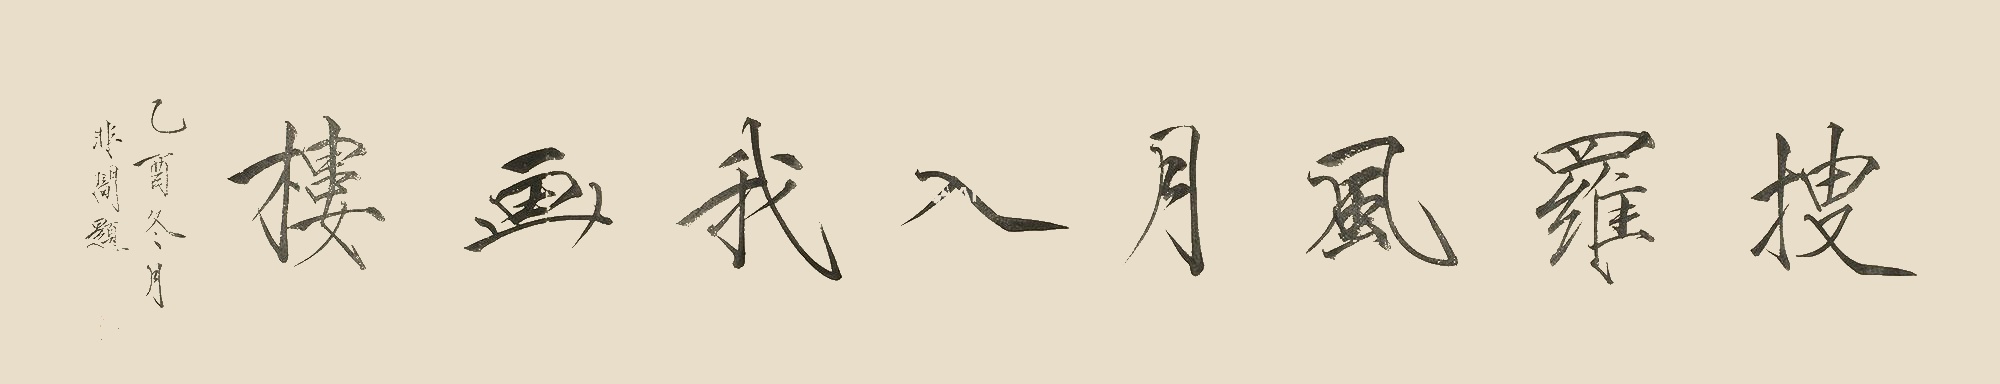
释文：搜罗风月入我画楼。乙酉冬月，非暗题。